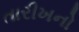
તારીખનો